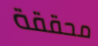
محققة